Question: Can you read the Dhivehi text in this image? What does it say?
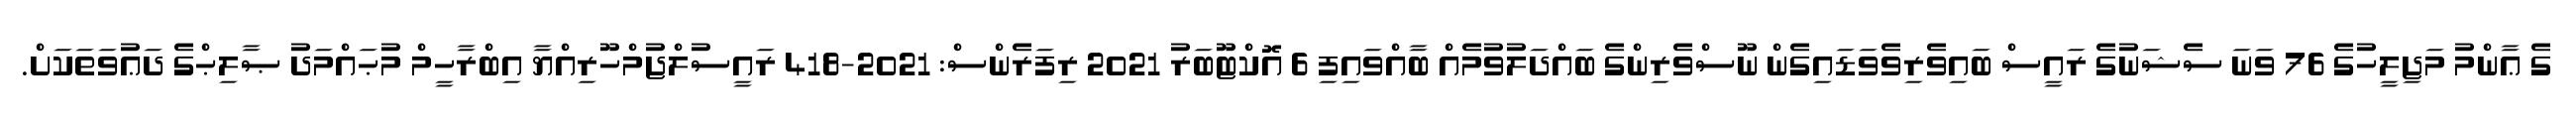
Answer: ގެ ޢާންމު މަޖިލީހުގެ 76 ވަނަ ސެޝަނުގެ ރައީސް ބައިވެރިވެވަޑައިގެން ނޫސްވެރިންގެ ބައްދަލުވުމެއް ބާއްވައިފި 6 އޮކްޓޫބަރު 2021 ރިފަރެންސް: 2021-418 ރައީސުލްޖުމްހޫރިއްޔާ އިބްރާހީމް މުޙައްމަދު ޞާލިޙްގެ ދަޢުވަތަކަށް.